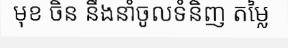
មុខ ចិន នឹងនាំចូលទំនិញ តម្លៃ